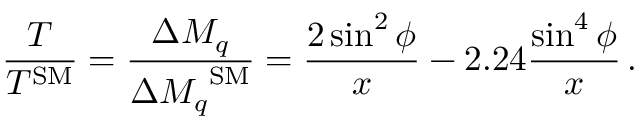
\frac { T } { T ^ { \mathrm { { S M } } } } = \frac { \Delta M _ { q } } { { \Delta M _ { q } } ^ { \mathrm { S M } } } = \frac { 2 \sin ^ { 2 } \phi } { x } - 2 . 2 4 \frac { \sin ^ { 4 } \phi } { x } \, .